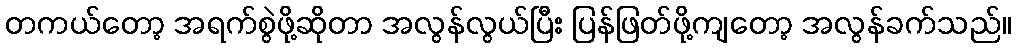
တကယ်တော့ အရက်စွဲဖို့ဆိုတာ အလွန်လွယ်ပြီး ပြန်ဖြတ်ဖို့ကျတော့ အလွန်ခက်သည်။